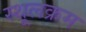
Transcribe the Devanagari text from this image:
स्थूलक्रम